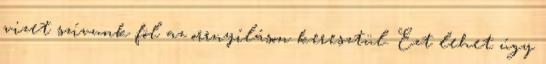
vizet szívunk föl az orrnyíláson keresztül. Ezt lehet úgy